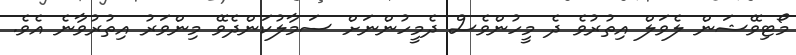
މޯޓިވޭޝަން ލެވަލް އިތުރުވެ ދެ މީހުންވެސް ދެމީހުންނަށް ސަމާލުކަންދެވޭ މިންވަރު އިތުރުވާނެ އެވެ.